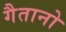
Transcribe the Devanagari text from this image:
गैतानो